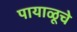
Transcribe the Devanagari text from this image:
पायाळूचे